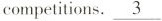
competitions. \underline{3}